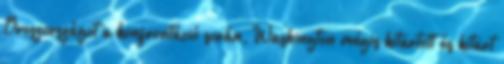
Oroszországot a konfrontáció során, Washington mégis kitartott és kitart